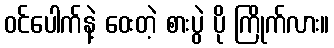
ဝင်ပေါက်နဲ့ ဝေးတဲ့ စားပွဲ ပို ကြိုက်လား။